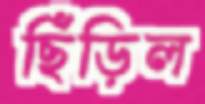
ছিঁড়িল